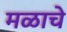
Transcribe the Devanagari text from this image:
मळाचे